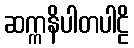
ဆက္ကနိပါတပါဠိ